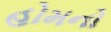
હોમનો